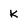
Character: K